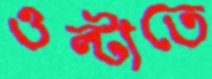
ওল্টাতে